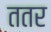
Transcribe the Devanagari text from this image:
ततर